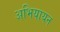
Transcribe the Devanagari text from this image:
अभियायन